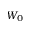
W _ { 0 }